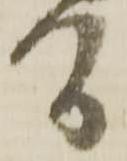
間